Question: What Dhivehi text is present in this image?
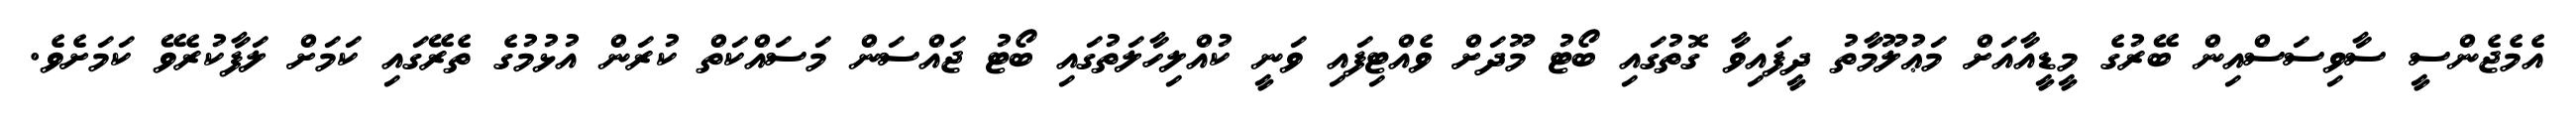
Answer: އެމެޖެންސީ ސާވިސަސްއިން ބޭރުގެ މީޑީއާއަށް މަޢުލޫމާތު ދީފައިވާ ގޮތުގައި ބޯޓު މޫދަށް ވެއްޓިފައި ވަނީ ކުއްލިހާލަތުގައި ބޯޓު ޖައްސަން މަސައްކަތް ކުރަން އުޅުމުގެ ތެރޭގައި ކަމަށް ލަފާކުރެވޭ ކަމަށެވެ.